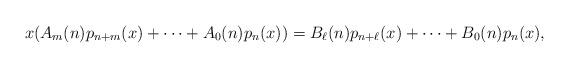
LaTeX: \begin{align*}x(A_m(n)p_{n+m}(x)+\dots+A_0(n)p_n(x))=B_\ell(n)p_{n+\ell}(x)+\dots+B_0(n)p_n(x),\end{align*}